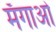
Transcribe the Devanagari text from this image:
मँगाओ